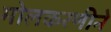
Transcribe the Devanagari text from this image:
मोलकरणीने